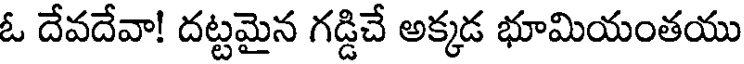
ఓ దేవదేవా! దట్టమైన గడ్డిచే అక్కడ భూమియంతయు